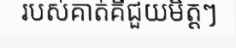
របស់គាត់គឺជួយមិត្តៗ